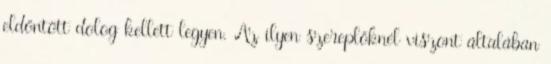
eldöntött dolog kellett legyen. Az ilyen szereplőknél viszont általában